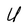
Character: U